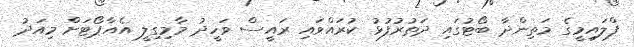
ފްލައިމީގެ މަތިންދާ ބޯޓުގައި ދަތުރުފުޅު ކުރައްވައި ރައީސް ވަހީދު މާމިގިލީ އެއާޕޯޓަށް މިއަދު